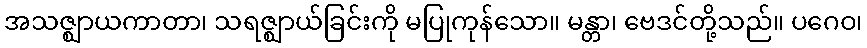
အသဇ္ဈာယကာတာ၊ သရဇ္ဈာယ်ခြင်းကို မပြုကုန်သော။ မန္တာ၊ ဗေဒင်တို့သည်။ ပဂေဝ၊